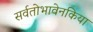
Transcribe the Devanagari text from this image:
सर्वतोभावेनकिया